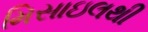
મિસાઇલથી